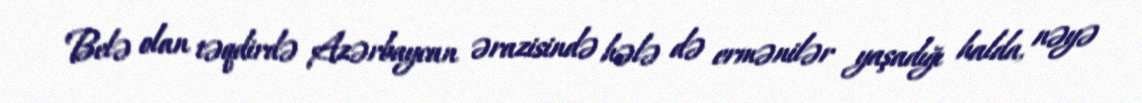
Belə olan təqdirdə Azərbaycan ərazisində hələ də ermənilər yaşadığı halda, nəyə